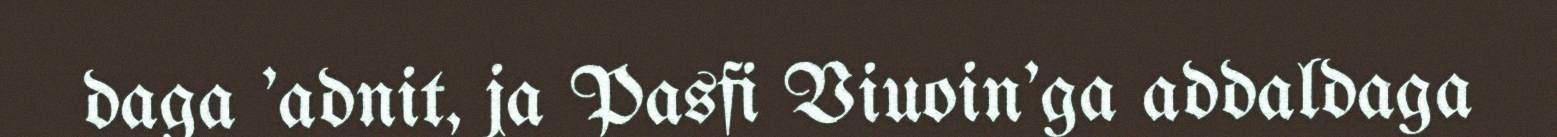
daga 'adnit, ja Pasfi Viuoin'ga addaldaga